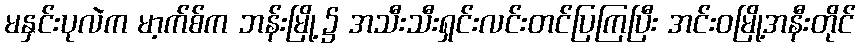
မနှင်းပုလဲက မာ့က်စ်က ဘန်းမြို့၌ အသီးသီးရှင်းလင်းတင်ပြကြပြီး အင်းဝမြို့အနီးတိုင်